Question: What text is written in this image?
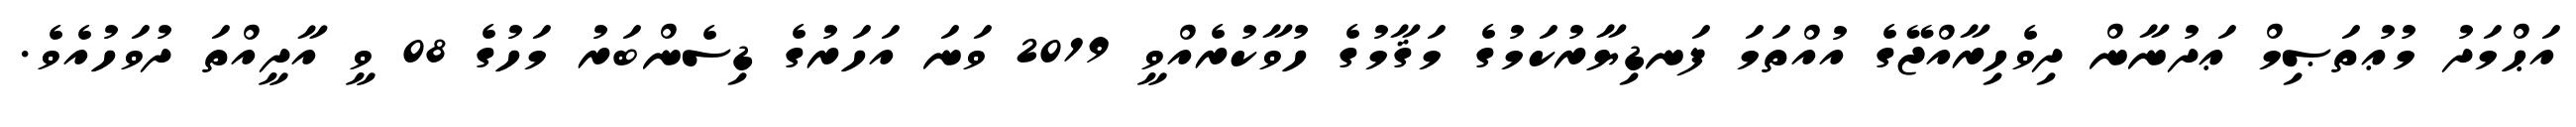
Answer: އަޙްމަދު މުޢުތަޞިމް ޢަދުނާން ދިވެހިރާއްޖޭގެ އުއްތަމަ ފަނޑިޔާރުކަމުގެ މަޤާމުގެ ހުވާކުރެއްވީ 2019 ވަނަ އަހަރުގެ ޑިސެންބަރު މަހުގެ 08 ވީ އާދީއްތަ ދުވަހުއެވެ.